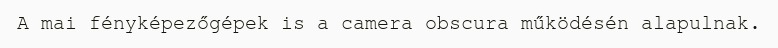
A mai fényképezőgépek is a camera obscura működésén alapulnak.